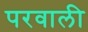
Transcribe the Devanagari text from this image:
परवाली